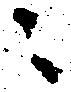
之